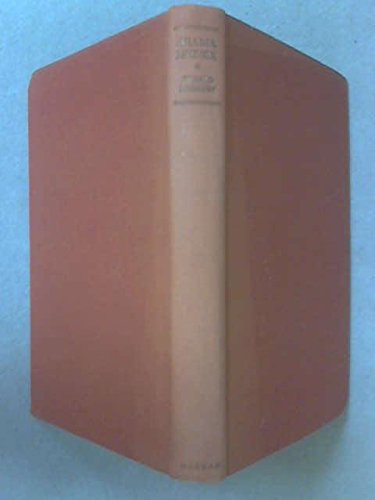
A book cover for Arabia Phoenix: An Account of a Visit to Ibn Saud, Chieftain of the Austere Wahhabis and Powerful Arabian King; Gerald De Gaury; Travel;